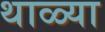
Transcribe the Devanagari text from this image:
थाळ्या